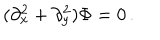
( \partial _ { x } ^ { 2 } + \partial _ { y } ^ { 2 } ) \Phi = 0 \, .